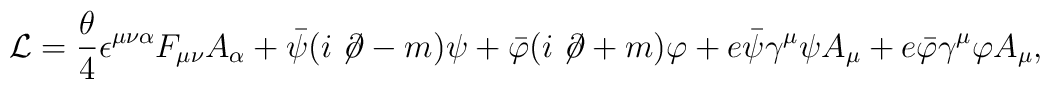
{\cal L} = \frac{\theta}{4}\epsilon^{\mu\nu\alpha}F_{\mu\nu}A_{\alpha}+\bar{\psi}(i \not \! \partial-m) \psi+\bar{\varphi}(i \not \! \partial+m)\varphi +e \bar \psi\gamma^\mu \psi A_\mu+e \bar \varphi\gamma^\mu \varphi A_\mu,